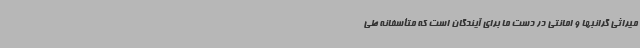
میراثی گرانبها و امانتی در دست ما برای آیندگان است که متأسفانه طی